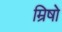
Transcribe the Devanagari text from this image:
म्रिषो